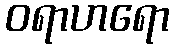
ဝရာဟရော